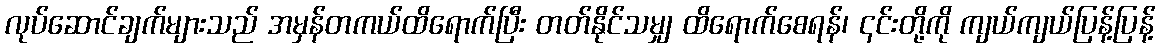
လုပ်ဆောင်ချက်များသည် အမှန်တကယ်ထိရောက်ပြီး တတ်နိုင်သမျှ ထိရောက်စေရန်၊ ၎င်းတို့ကို ကျယ်ကျယ်ပြန့်ပြန့်